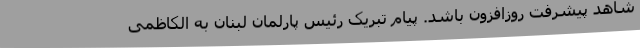
شاهد پیشرفت روزافزون باشد. پیام تبریک رئیس پارلمان لبنان به الکاظمی